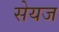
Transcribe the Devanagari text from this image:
सेयज